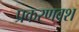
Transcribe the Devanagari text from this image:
प्रकरणवश